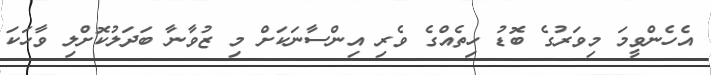
އެހެންވީމަ މިވަރުގެ ބޮޑު ހިތެއްގެ ވެރި އިންސާނަކަށް މި ޒުވާނާ ބަދަލުކޮށްލި ވާހަކަ